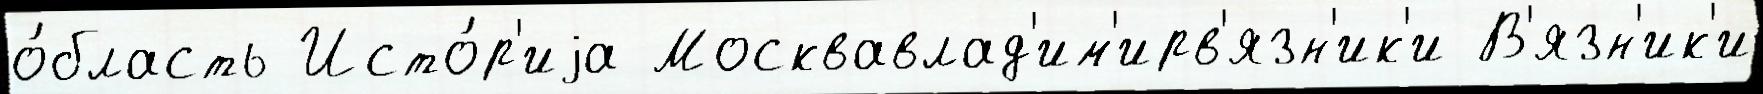
о́бласть Исто́р'иjа Москвавлад'им'ирв'язн'ик'и В'язн'ик'и